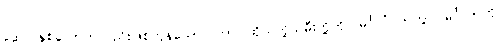
ဒွေပိ၊ နှစ်ယောက်လည်းဖြစ်ကုန်သော။ တာ၊ ထိုသတို့သမီးတို့ကို။ မင်္ဂလံ ကတွာ၊ မင်္ဂလာကို